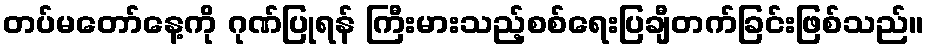
တပ်မတော်နေ့ကို ဂုဏ်ပြုရန် ကြီးမားသည့်စစ်ရေးပြချီတက်ခြင်းဖြစ်သည်။